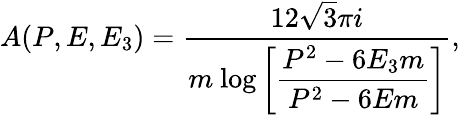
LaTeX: A(P,E,E_{3})={\frac{12\sqrt{3}\pi i}{m~\displaystyle{\log\left[{\frac{P^{2}-6E_{3}m}{P^{2}-6Em}}\right]}}},